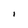
Character: i